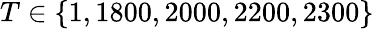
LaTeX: T\in\{ 1,1800,2000,2200,2300\}